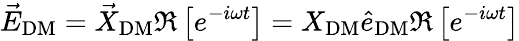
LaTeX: \vec{E}_{\mathrm{DM}}=\vec{X}_{\mathrm{DM}}\Re\left[e^{-i\omega t}\right]=X_{\mathrm{DM}}\hat{e}_{\mathrm{DM}}\Re\left[e^{-i\omega t}\right]